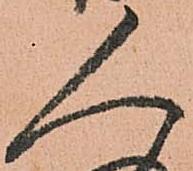
人